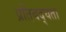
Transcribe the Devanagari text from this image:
प्रतिबद्घता